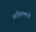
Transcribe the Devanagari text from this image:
अस्मिन्मन्त्रे